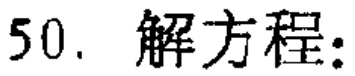
50. 解方程：